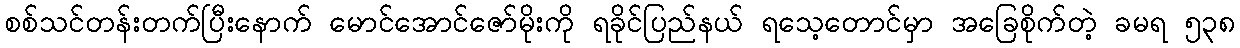
စစ်သင်တန်းတက်ပြီးနောက် မောင်အောင်ဇော်မိုးကို ရခိုင်ပြည်နယ် ရသေ့တောင်မှာ အခြေစိုက်တဲ့ ခမရ ၅၃၈